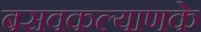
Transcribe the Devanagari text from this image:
बसवकल्याणके